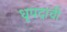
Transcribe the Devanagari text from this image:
धृपदाची